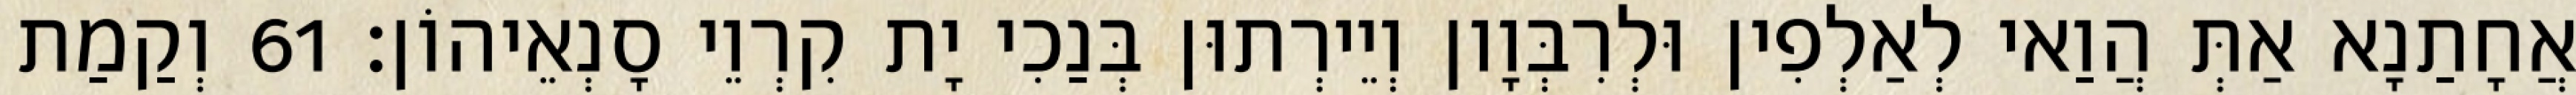
אֲחָתַנָא אַתְּ הֲוַאי לְאַלְפִין וּלְרִבְּוָון וְיֵירְתוּן בְּנַכִי יָת קִרְוֵי סָנְאֵיהוֹן׃ 61 וְקַמַת